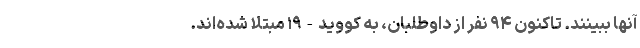
آنها ببینند. تاکنون ۹۴ نفر از داوطلبان، به کووید-۱۹ مبتلا شده‌اند.